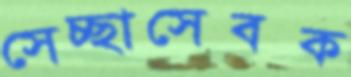
সেচ্ছাসেবক